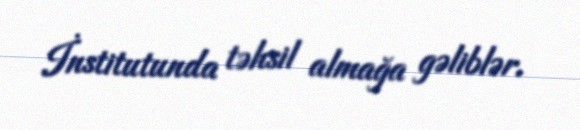
İnstitutunda təhsil almağa gəliblər.